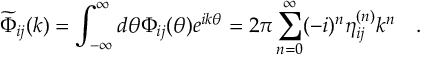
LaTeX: \widetilde { \Phi } _ { i j } ( k ) = \int _ { - \infty } ^ { \infty } d \theta \Phi _ { i j } ( \theta ) e ^ { i k \theta } = 2 \pi \sum _ { n = 0 } ^ { \infty } ( - i ) ^ { n } \eta _ { i j } ^ { ( n ) } k ^ { n } \quad .